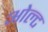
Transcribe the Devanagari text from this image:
ओल्ट